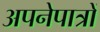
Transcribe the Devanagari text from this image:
अपनेपात्रों